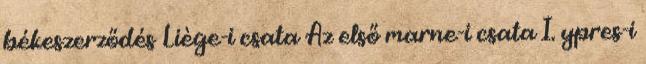
békeszerződés Liège-i csata Az első marne-i csata I. ypres-i